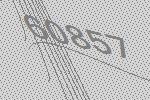
60857